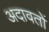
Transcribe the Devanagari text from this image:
अदावतों